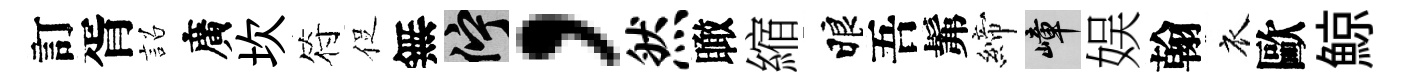
訂胥詔廣坎符促無伫，然瞰縮睱吾髴締嶂娱翰衣歐鯨